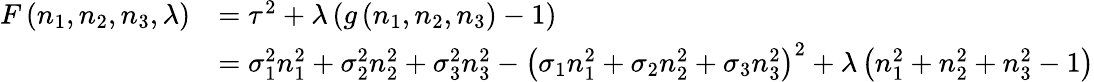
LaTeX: {\begin{array}{rl}{F\left(n_{1},n_{2},n_{3},\lambda\right)}&{=\tau^{2}+\lambda\left(g\left(n_{1},n_{2},n_{3}\right)-1\right)}\\ &{=\sigma_{1}^{2}n_{1}^{2}+\sigma_{2}^{2}n_{2}^{2}+\sigma_{3}^{2}n_{3}^{2}-\left(\sigma_{1}n_{1}^{2}+\sigma_{2}n_{2}^{2}+\sigma_{3}n_{3}^{2}\right)^{2}+\lambda\left(n_{1}^{2}+n_{2}^{2}+n_{3}^{2}-1\right)}\end{array}}